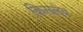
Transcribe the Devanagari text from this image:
किसलेव